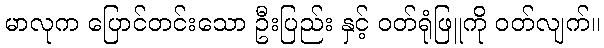
မာလုက ပြောင်တင်းသော ဦးပြည်း နှင့် ဝတ်ရုံဖြူကို ဝတ်လျက်။